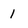
Character: 1